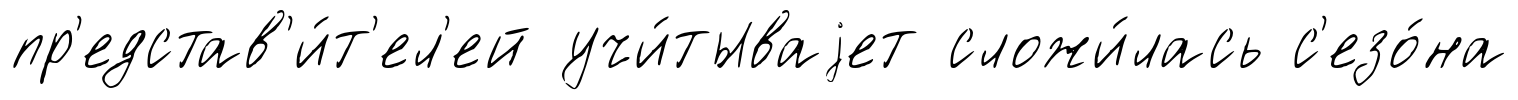
пр'едстав'и́т'ел'ей учи́тываjет сложи́лась с'езо́на